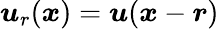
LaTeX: \boldsymbol u_{r}(\boldsymbol x)=\boldsymbol u(\boldsymbol x-\boldsymbol r)